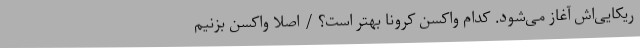
ریکایی‌اش آغاز می‌شود. کدام واکسن کرونا بهتر است؟ / اصلا واکسن بزنیم